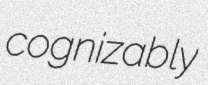
cognizably